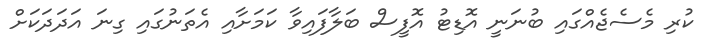
ކުރި މެސެޖެއްގައި ބުނަނީ އޮޑިޓު އޮފީސް ބަލާފައިވާ ކަމަށާއި އެތަނުގައި ގިނަ އަދަދަކަށް